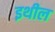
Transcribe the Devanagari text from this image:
इथील